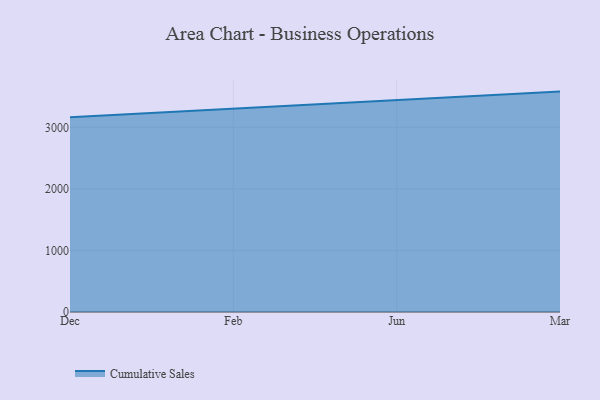
{"axis": {"x": "Month", "y": "Net Income (USD K)"}, "legend": ["Cumulative Sales"], "data": [{"x": "Dec", "y": 3165.3, "type": "Cumulative Sales"}, {"x": "Feb", "y": 3306.9, "type": "Cumulative Sales"}, {"x": "Jun", "y": 3445.7, "type": "Cumulative Sales"}, {"x": "Mar", "y": 3580.0, "type": "Cumulative Sales"}]}